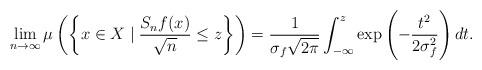
LaTeX: \begin{align*} \lim_{n\to\infty} \mu\left(\left\{x\in X \mid \frac{S_nf(x)}{\sqrt{n}} \le z \right\}\right) = \frac{1}{\sigma_f\sqrt{2\pi}}\int_{-\infty}^z\exp\left(-\frac{t^2}{2\sigma_f^2}\right)dt.\end{align*}